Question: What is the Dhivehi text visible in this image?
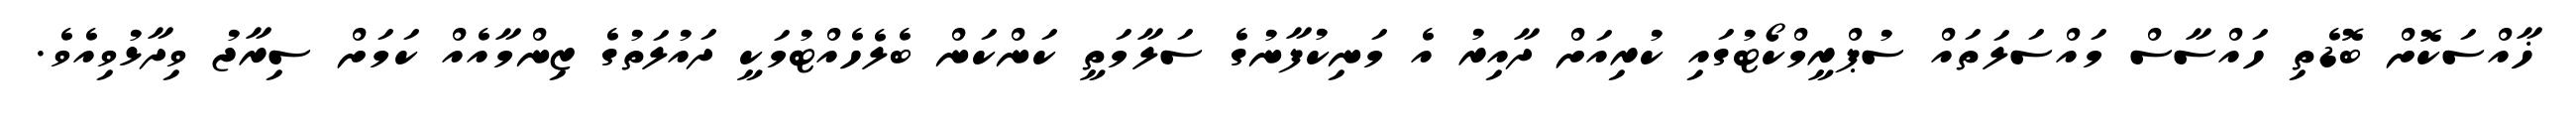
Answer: ޚާއްސަކޮށް ބޮޑެތި ހައްސާސް މައްސަލަތައް ސުޕްރީމްކޯޓުގައި ކުރިއަށް ދާއިރު އެ މަނިކުފާނުގެ ސަލާމަތީ ކަންކަން ބެލެހެއްޓުމަކީ ދައުލަތުގެ ޒިންމާއެއް ކަމަށް ސިރާޖު ވިދާޅުވިއެވެ.